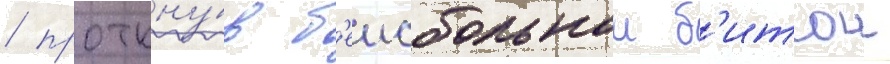
/ проткну́в б'еисбольнои б'итои